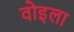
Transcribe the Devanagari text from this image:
वोइला